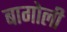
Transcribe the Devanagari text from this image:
बागोली